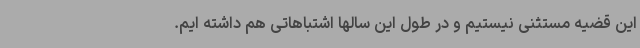
این قضیه مستثنی نیستیم و در طول این سالها اشتباهاتی هم داشته ایم.